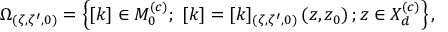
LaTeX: \Omega _ { ( \zeta , \zeta ^ { \prime } , 0 ) } = \left\{ [ k ] \in M _ { 0 } ^ { \left( c \right) } ; \ [ k ] = [ k ] _ { ( \zeta , \zeta ^ { \prime } , 0 ) } \left( z , z _ { 0 } \right) ; z \in X _ { d } ^ { \left( c \right) } \right\} ,